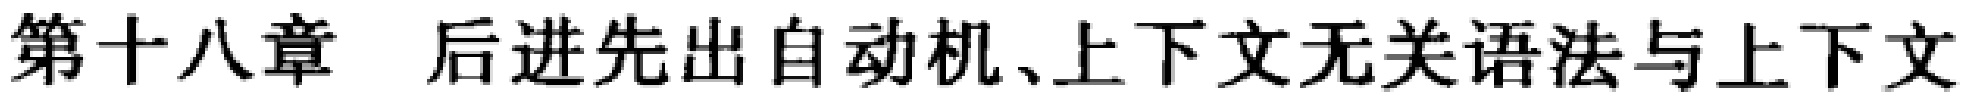
第十八章 后进先出自动机、上下文无关语法与上下文